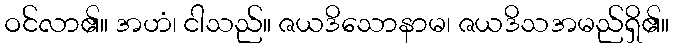
ဝင်လာ၏။ အဟံ၊ ငါသည်။ ဇယဒိသောနာမ၊ ဇယဒိသအမည်ရှိ၏။